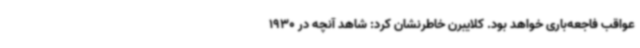
عواقب فاجعه‌باری خواهد بود. کلایبرن خاطرنشان کرد: شاهد آنچه در 1930